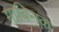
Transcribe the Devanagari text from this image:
माबिनक